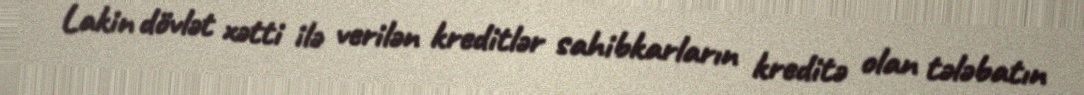
Lakin dövlət xətti ilə verilən kreditlər sahibkarların kreditə olan tələbatın